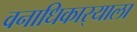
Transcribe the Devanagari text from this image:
वनाधिकार्‍याला